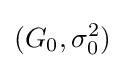
(G_{0},\sigma _{0}^{2})